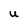
Character: U